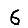
Digit: 6